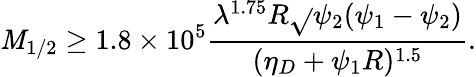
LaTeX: \mathit{M}_{1/2}\geq1.8\times10^{5}\frac{{\lambda^{1.75}R\sqrt{}{{\psi_{2}(\psi_{1}-\psi_{2})}}}}{{(\eta_{D}+\psi_{1}R)^{1.5}}}.